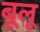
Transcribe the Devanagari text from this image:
बूलू